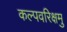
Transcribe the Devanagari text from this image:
कल्पवरिक्षमु